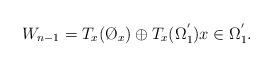
LaTeX: \begin{align*}W_{n-1}=T_x(\O_x)\oplus T_x(\Omega_{1}^{'})x\in\Omega_{1}^{'}.\end{align*}